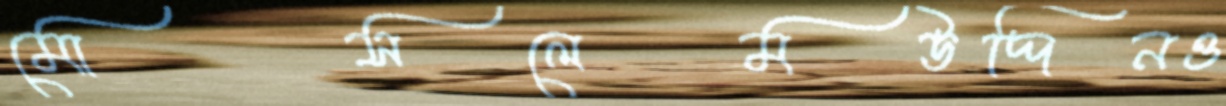
মোসলেমউদ্দিনও